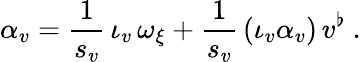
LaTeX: \alpha_{v}=\frac{1}{s_{v}}\, \iota_{v}\, \omega_{\xi}+\frac{1}{s_{v}}\, (\iota_{v}\alpha_{v})\, v^{\flat}\ .